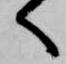
へ